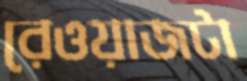
রেওয়াজটা